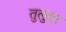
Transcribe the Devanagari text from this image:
तुलुंबा